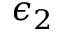
\epsilon _ { 2 }